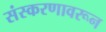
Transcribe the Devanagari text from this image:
संस्करणावरून